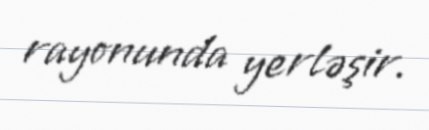
rayonunda yerləşir.